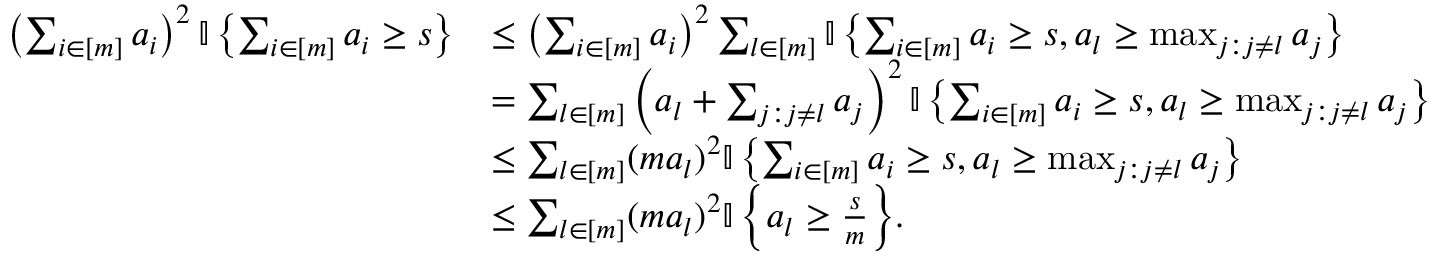
\begin{array} { r l } { \left( \sum _ { i \in [ m ] } a _ { i } \right) ^ { 2 } { \mathbb { I } \left\{ { \sum _ { i \in [ m ] } a _ { i } \geq s } \right\} } } & { \leq \left( \sum _ { i \in [ m ] } a _ { i } \right) ^ { 2 } \sum _ { l \in [ m ] } { \mathbb { I } \left\{ { \sum _ { i \in [ m ] } a _ { i } \geq s , a _ { l } \geq \operatorname* { m a x } _ { j : j \neq l } a _ { j } } \right\} } } \\ & { = \sum _ { l \in [ m ] } \left( a _ { l } + \sum _ { j : j \neq l } a _ { j } \right) ^ { 2 } { \mathbb { I } \left\{ { \sum _ { i \in [ m ] } a _ { i } \geq s , a _ { l } \geq \operatorname* { m a x } _ { j : j \neq l } a _ { j } } \right\} } } \\ & { \leq \sum _ { l \in [ m ] } ( m a _ { l } ) ^ { 2 } { \mathbb { I } \left\{ { \sum _ { i \in [ m ] } a _ { i } \geq s , a _ { l } \geq \operatorname* { m a x } _ { j : j \neq l } a _ { j } } \right\} } } \\ & { \leq \sum _ { l \in [ m ] } ( m a _ { l } ) ^ { 2 } { \mathbb { I } \left\{ { a _ { l } \geq \frac { s } { m } } \right\} } . } \end{array}